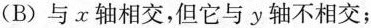
(B)与x轴相交，但它与y轴不相交；